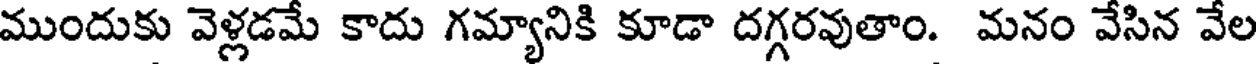
ముందుకు వెళ్లడమే కాదు గమ్యానికి కూడా దగ్గరవుతాం. మనం వేసిన వేల